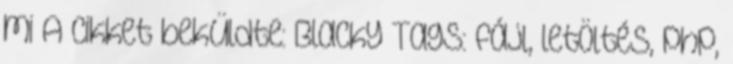
mi A cikket beküldte: BlackY Tags: fájl, letöltés, php,